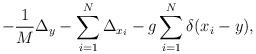
LaTeX: \begin{align*} - \frac{1}{M} \Delta_y - \sum_{i=1}^N \Delta_{x_i} - g \sum_{i=1}^N \delta(x_i - y),\end{align*}